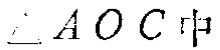
$\triangle AOC$中